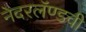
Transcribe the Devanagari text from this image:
नेदरलॅण्डची